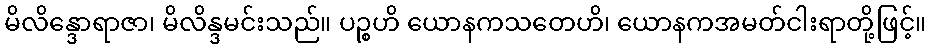
မိလိန္ဒောရာဇာ၊ မိလိန္ဒမင်းသည်။ ပဉ္စဟိ ယောနကသတေဟိ၊ ယောနကအမတ်ငါးရာတို့ဖြင့်။